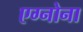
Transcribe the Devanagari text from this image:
एग्नोना